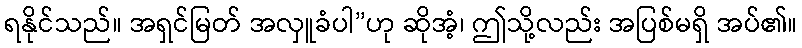
ရနိုင်သည်။ အရှင်မြတ် အလှူခံပါ”ဟု ဆိုအံ့၊ ဤသို့လည်း အပြစ်မရှိ အပ်၏။